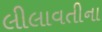
લીલાવતીના